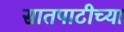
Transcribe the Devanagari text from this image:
सातपाटीच्या